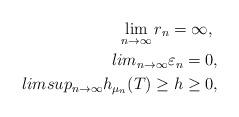
LaTeX: \begin{align*} \lim_{n\to\infty}r_n=\infty,\ \\lim_{n\to\infty}\varepsilon_n=0,\\limsup_{n\to\infty}h_{\mu_n}(T)\ge h\ge 0,\end{align*}